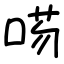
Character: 㖴